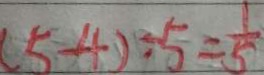
( 5 - 4 ) \div 5 = \frac { 1 } { 5 }